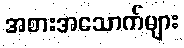
အစားအသောက်များ